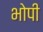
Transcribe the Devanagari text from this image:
भोपी